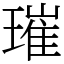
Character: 璀